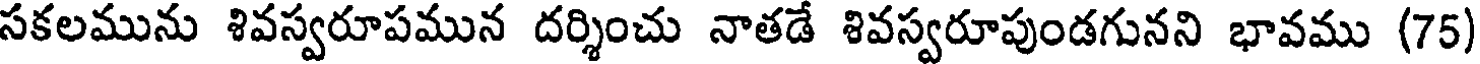
సకలమును శివస్వరూపమున దర్శించు నాతడే శివస్వరూపుండగునని భావము (75)